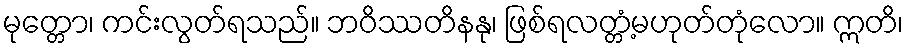
မုတ္တော၊ ကင်းလွတ်ရသည်။ ဘဝိဿတိနနု၊ ဖြစ်ရလတ္တံ့မဟုတ်တုံလော။ ဣတိ၊